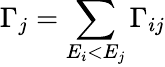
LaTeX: \Gamma_{j}=\sum_{E_{i}<E_{j}}\Gamma_{ij}